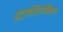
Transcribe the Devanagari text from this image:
इंट्रापेरिटोनियल